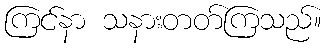
ကြင်နာ သနားတတ်ကြသည်။